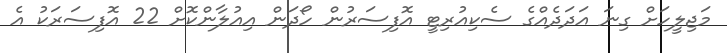
މަޖިލީހަށް ގިނަ އަދަދެއްގެ ސެކިއުރިޓީ އޮފިސަރުން ހޯދަން އިއުލާންކޮށް 22 އޮފިސަރަކު އެ